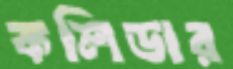
কলিডার